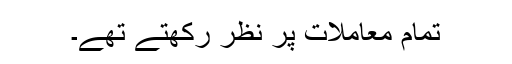
تمام معاملات پر نظر رکھتے تھے۔